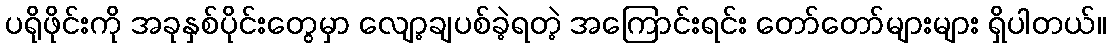
ပရိုဖိုင်းကို အခုနှစ်ပိုင်းတွေမှာ လျော့ချပစ်ခဲ့ရတဲ့ အကြောင်းရင်း တော်တော်များများ ရှိပါတယ်။